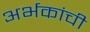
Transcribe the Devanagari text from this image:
अर्भकांची